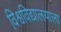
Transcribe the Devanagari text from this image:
विश्वविद्यालयाला